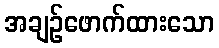
အချဉ်ဖောက်ထားသော